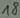
Text: 18